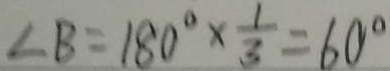
\angle B = 1 8 0 ^ { \circ } \times \frac { 1 } { 3 } = 6 0 ^ { \circ }